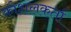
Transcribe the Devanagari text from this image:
कौशलकर्ता